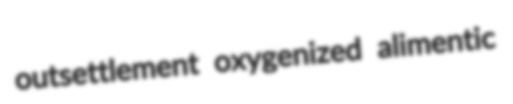
outsettlement oxygenized alimentic